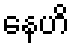
နေဟိ